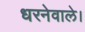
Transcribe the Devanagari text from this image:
धरनेवाले।